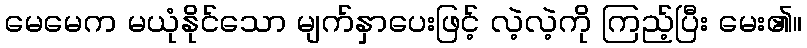
မေမေက မယုံနိုင်သော မျက်နှာပေးဖြင့် လဲ့လဲ့ကို ကြည့်ပြီး မေး၏။